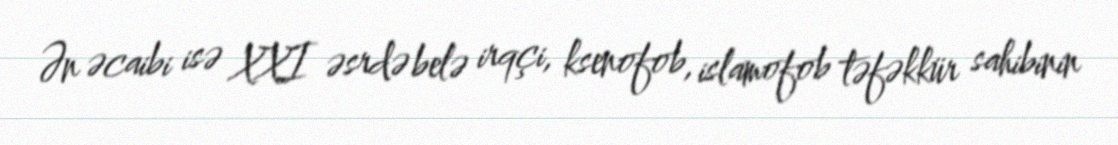
Ən əcaibi isə XXI əsrdə belə irqçi, ksenofob, islamofob təfəkkür sahibinin